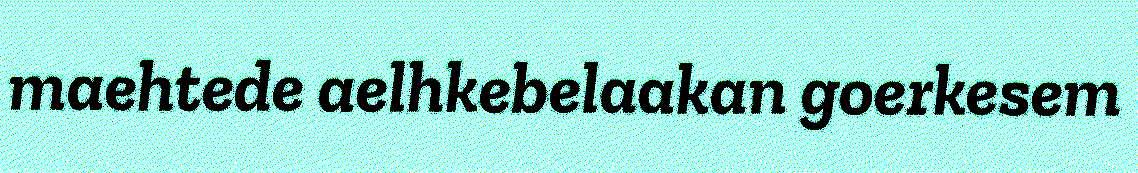
maehtede aelhkebelaakan goerkesem